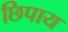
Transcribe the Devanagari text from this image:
छिपाय